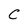
Character: C